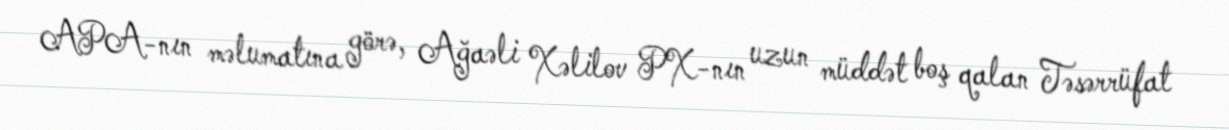
APA-nın məlumatına görə, Ağaəli Xəlilov PX-nın uzun müddət boş qalan Təsərrüfat